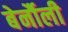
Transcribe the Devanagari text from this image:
बेर्नौली